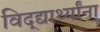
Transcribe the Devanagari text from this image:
विद्द्यार्थ्यांना